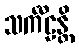
သင်္ကီဠန္တိ